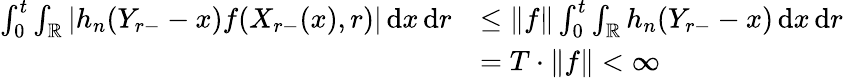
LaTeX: \begin{array}{rl}{\int_{0}^{t}\int_{\mathbb{R}}|h_{n}(Y_{r-}-x)f(X_{r-}(x),r)|\, \mathrm{d}x\, \mathrm{d}r}&{\leq\| f\| \int_{0}^{t}\int_{\mathbb{R}}h_{n}(Y_{r-}-x)\, \mathrm{d}x\, \mathrm{d}r}\\ &{=T\cdot\| f\| <\infty}\end{array}